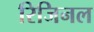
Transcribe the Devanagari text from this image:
रिजिनल